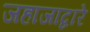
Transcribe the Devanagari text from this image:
जहाजाद्वारे